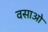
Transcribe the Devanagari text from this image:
वसाओ